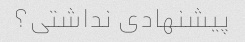
پیشنهادی نداشتی؟